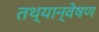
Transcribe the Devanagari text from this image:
तथ्यान्वेषण